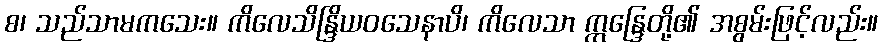
စ၊ သည်သာမကသေး။ ကိလေသိန္ဒြိယဝသေနာပိ၊ ကိလေသာ ဣန္ဒြေတို့၏ အစွမ်းဖြင့်လည်း။